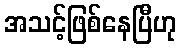
အသင့်ဖြစ်နေပြီဟု